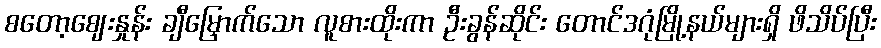
စတော့ဈေးနှုန်း ချီမြှောက်သော လူစားထိုးကာ ဦးခွန်ဆိုင်း တောင်ဒဂုံမြို့နယ်များရှိ ဖိသိပ်ပြီး